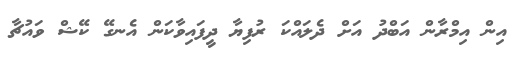
އިން އިމްރާން އަބްދު އަށް ދެލައްކަ ރުފިޔާ ދީފައިވާކަން އެނގޭ ކޭޝް ވައުޗާ